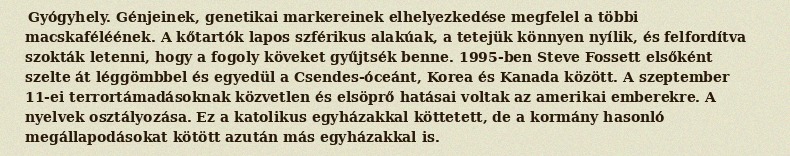
Gyógyhely. Génjeinek, genetikai markereinek elhelyezkedése megfelel a többi macskaféléének. A kőtartók lapos szférikus alakúak, a tetejük könnyen nyílik, és felfordítva szokták letenni, hogy a fogoly köveket gyűjtsék benne. 1995-ben Steve Fossett elsőként szelte át léggömbbel és egyedül a Csendes-óceánt, Korea és Kanada között. A szeptember 11-ei terrortámadásoknak közvetlen és elsöprő hatásai voltak az amerikai emberekre. A nyelvek osztályozása. Ez a katolikus egyházakkal köttetett, de a kormány hasonló megállapodásokat kötött azután más egyházakkal is.